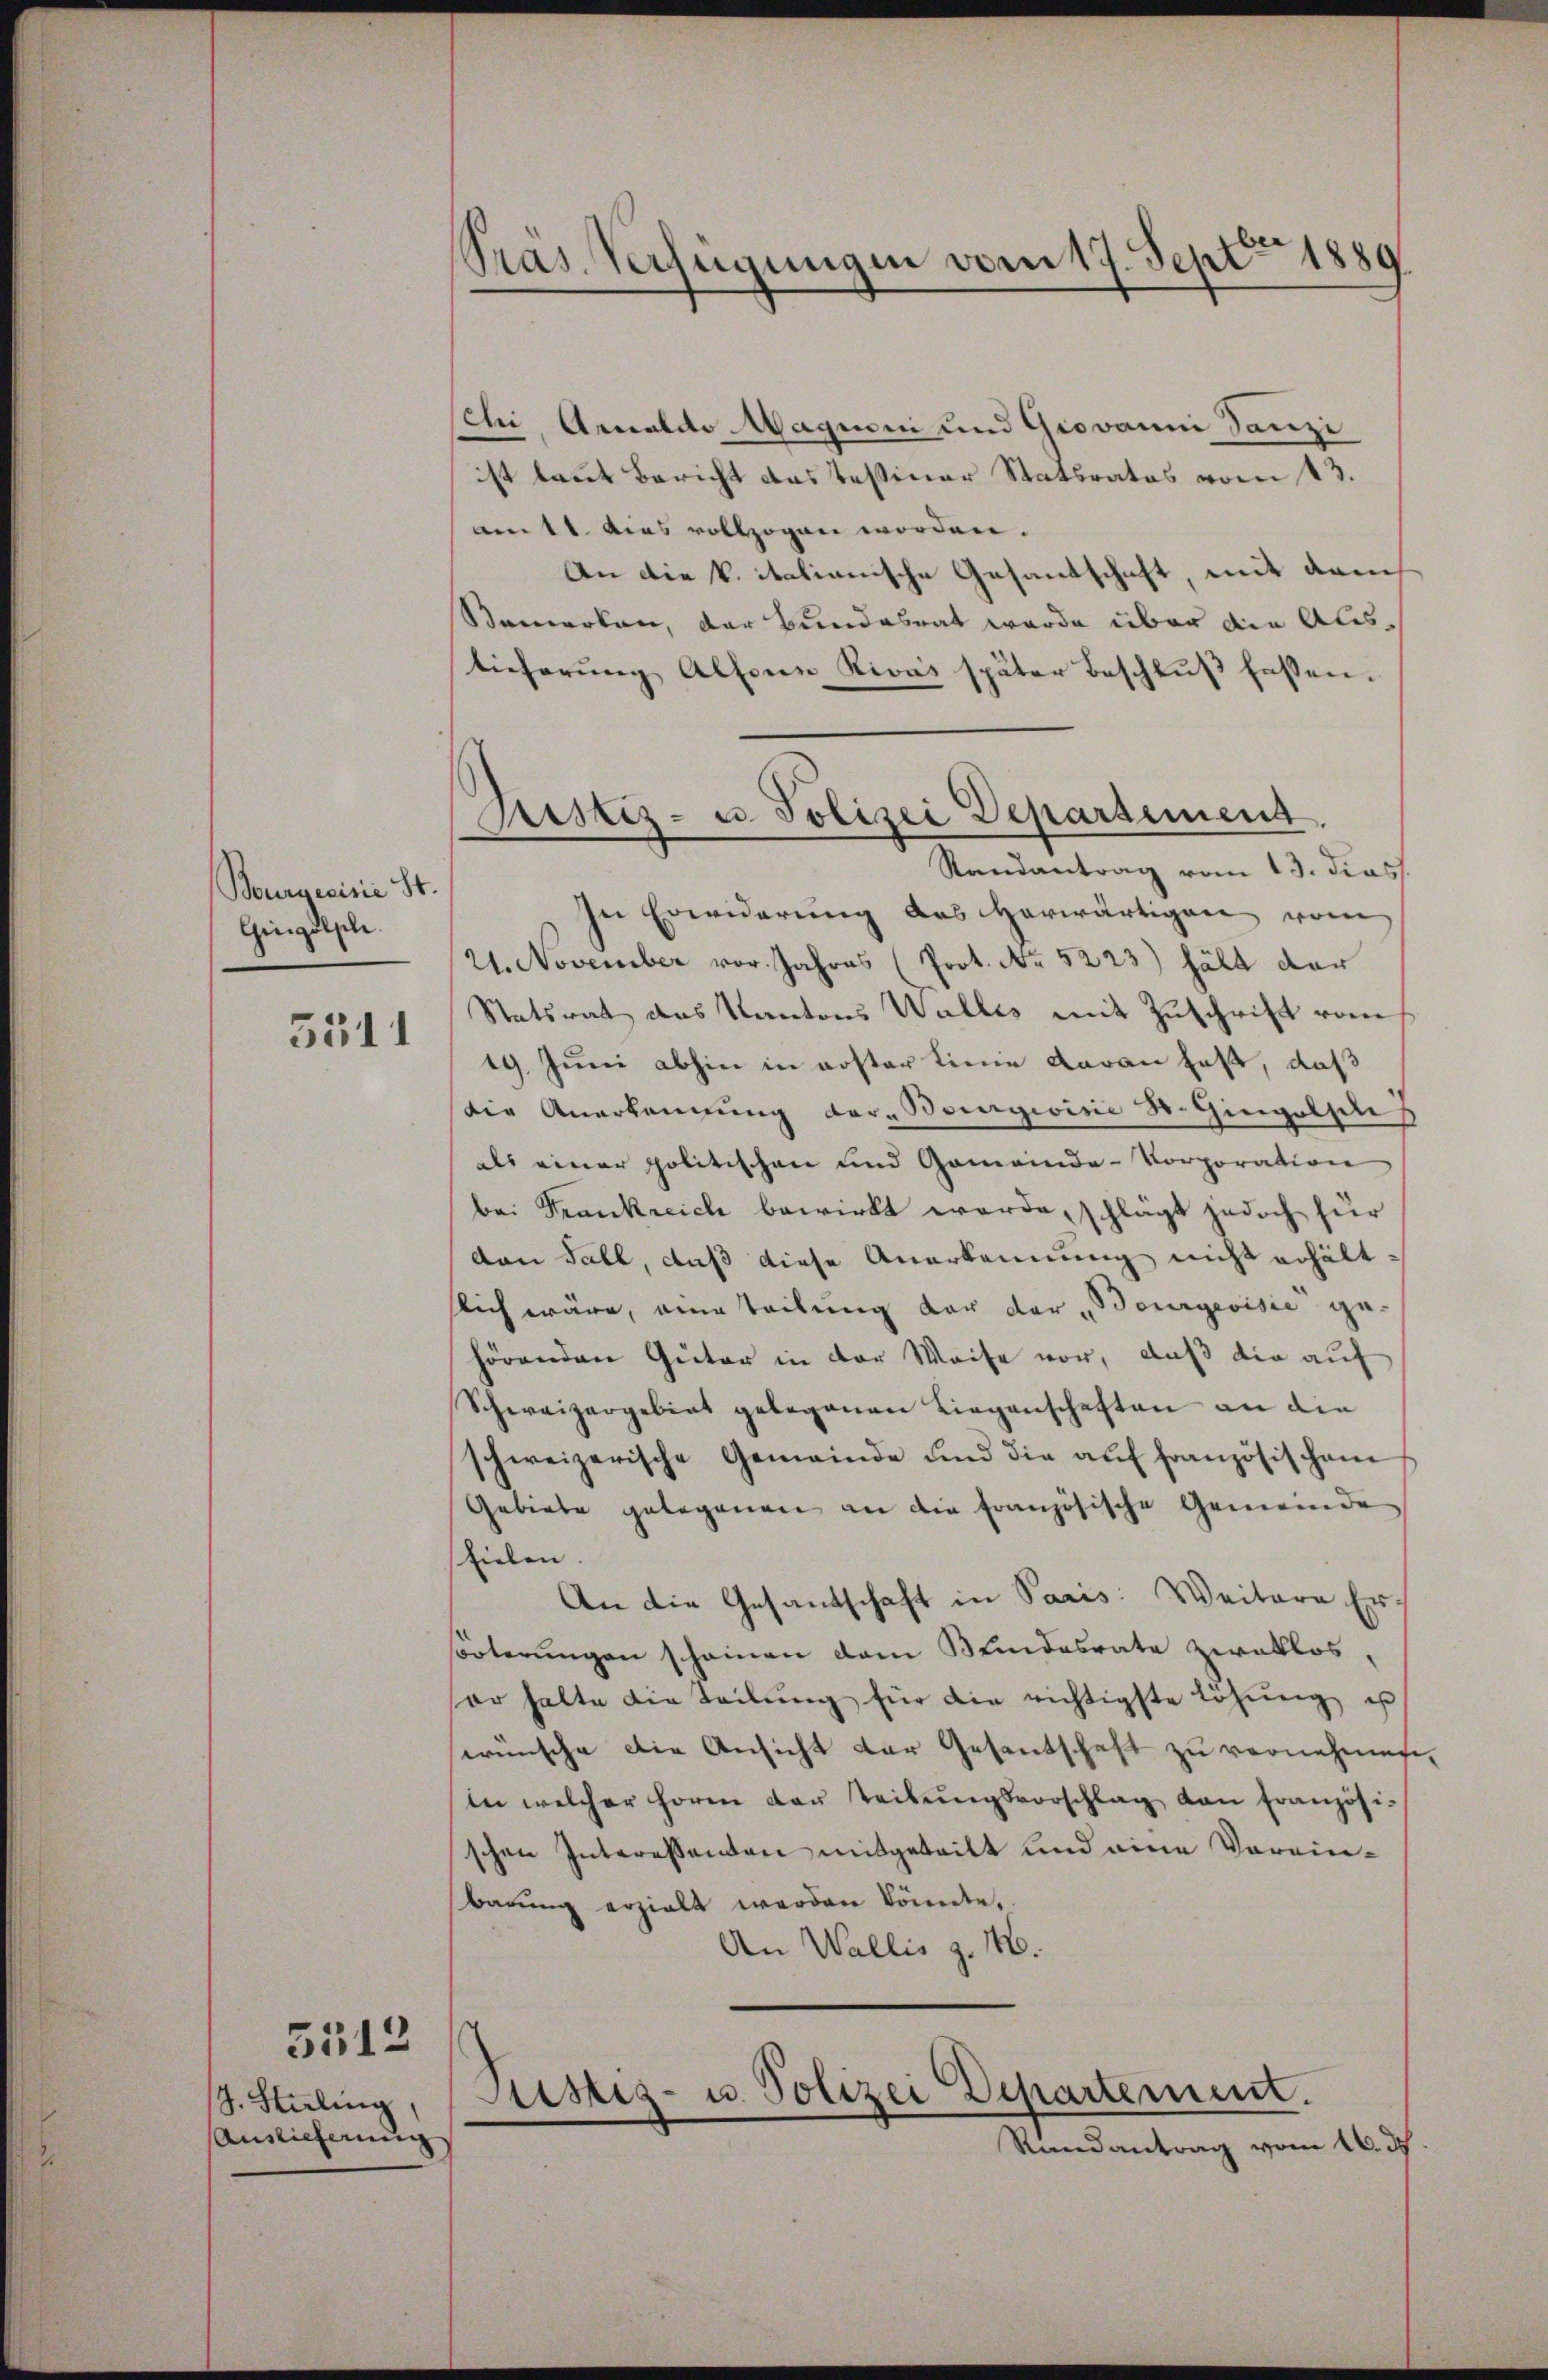
Bourgerisie St.
Gingelsche
5511

S. Stiling,
Auslieferung

5512

Präs. Verfügungen vom 17. Sept 1889

schi, Annaldo Magioni und Giovanni Danzi
ist laut Bericht das Tessiner Statsrates vom 13.
am 11. dies vollzogen worden.
An die k. italianische Gesandschaft, mit drei
Bemerken, der Bundesrat wurde über die Austieferŭng Altern Rivas später Beschlŭβ fassen.
Randantrag vom 13. dies
In Erwiderung des herwärtigen vom
21. November vor. Jahres (Prot. No 5223) hält dar
Statsrat das Kantons Wallis mit Zuschrift vom
19. Juni abhin in erster Einne daran haft, daß
Die Anerkangung der Bourgeoisie St. Gingolste
als einer politischen und Gemeinde-Vorporation
bei Krankreich bewirkt werde, schlägt jedoch für
dan Fall, daß diese Anerkennung nicht erhältlich wäre, eine Teilung der der Bourgerisie gehörenden Güter in der Weise vor, daß die auf
Schweizergebiet gelegenen Liegenschaften an die
schweizerische Gemeinde und die aŭf französischem
Gebiete gelegenen an die französische Gemeinde
sfielen.
An die Gesandschaft in Paris: Weitere Er-
hörterungen scheinen dem Kindesrate zwaklos,
er halte die teilŭng für die richtigste Löhŭng u
wünsche die Ansicht der Gesandtschaft zu vornehmigt
In welcher hören der teilŭngsvorschlag von Französi-
schen Interessenten mitgeteilt und eine Vereinbarung erzielt werden könnte,
An Wallis d. M.
c
Justiz- u. Polizei Departement.
Randantrag vom 16. ds.

Rustiz- u. Polizei Departement.